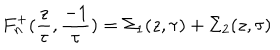
F _ { n } ^ { + } ( { \frac { z } { \tau } } , { \frac { - 1 } { \tau } } ) = \Sigma _ { 1 } ( z , \tau ) + \Sigma _ { 2 } ( z , \tau )